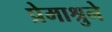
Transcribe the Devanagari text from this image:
प्रेमाश्रुने